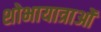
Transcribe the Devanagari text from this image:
शोभायात्राओं